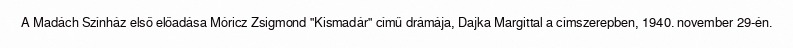
A Madách Színház első előadása Móricz Zsigmond "Kismadár" című drámája, Dajka Margittal a címszerepben, 1940. november 29-én.